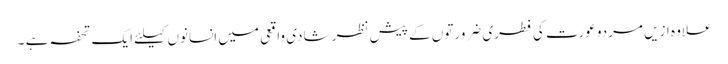
علاوہ ازیں مردو عورت کی فطری ضرورتوں کے پیش نظر شادی واقعی میں انسانوں کیلئے ایک تحفہ ہے ۔